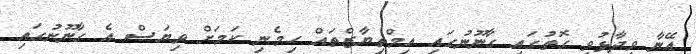
އޭނާ ވިދާޅުވި ގޮތުގައި ގާނޫނުގައި އިމްތިޔާޒްތައް ހިމެނި ކަމަށް ވިޔަސް އެ ގާނޫނުގައި